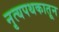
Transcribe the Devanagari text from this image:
नृत्यपथकातून